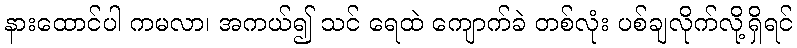
နားထောင်ပါ ကမလာ၊ အကယ်၍ သင် ရေထဲ ကျောက်ခဲ တစ်လုံး ပစ်ချလိုက်လို့ရှိရင်